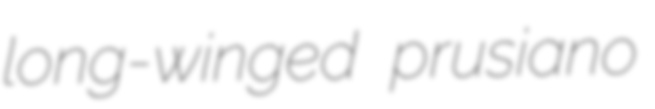
long-winged prusiano